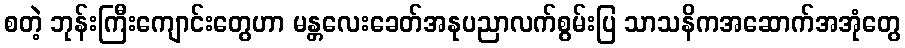
စတဲ့ ဘုန်းကြီးကျောင်းတွေဟာ မန္တလေးခေတ်အနုပညာလက်စွမ်းပြ သာသနိကအဆောက်အအုံတွေ